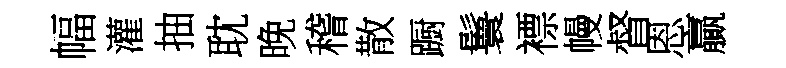
幅灌抽耽晚稽散蹰鬟褾幔督恩贏